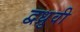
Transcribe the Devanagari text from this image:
द्वध्रुवी